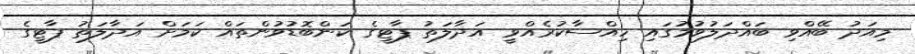
މިއަދު ބޭއްވި ބައްދަލުވުމުގައި ހިއްސާކުރެއްވީ އަދާލަތު ޕާޓީގެ ކަންބޮޑުވުންތައް ކަމަށް އަދާލަތު ޕާޓީގެ